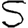
Digit: 5